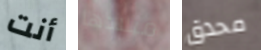
أنت ميلادها محدق